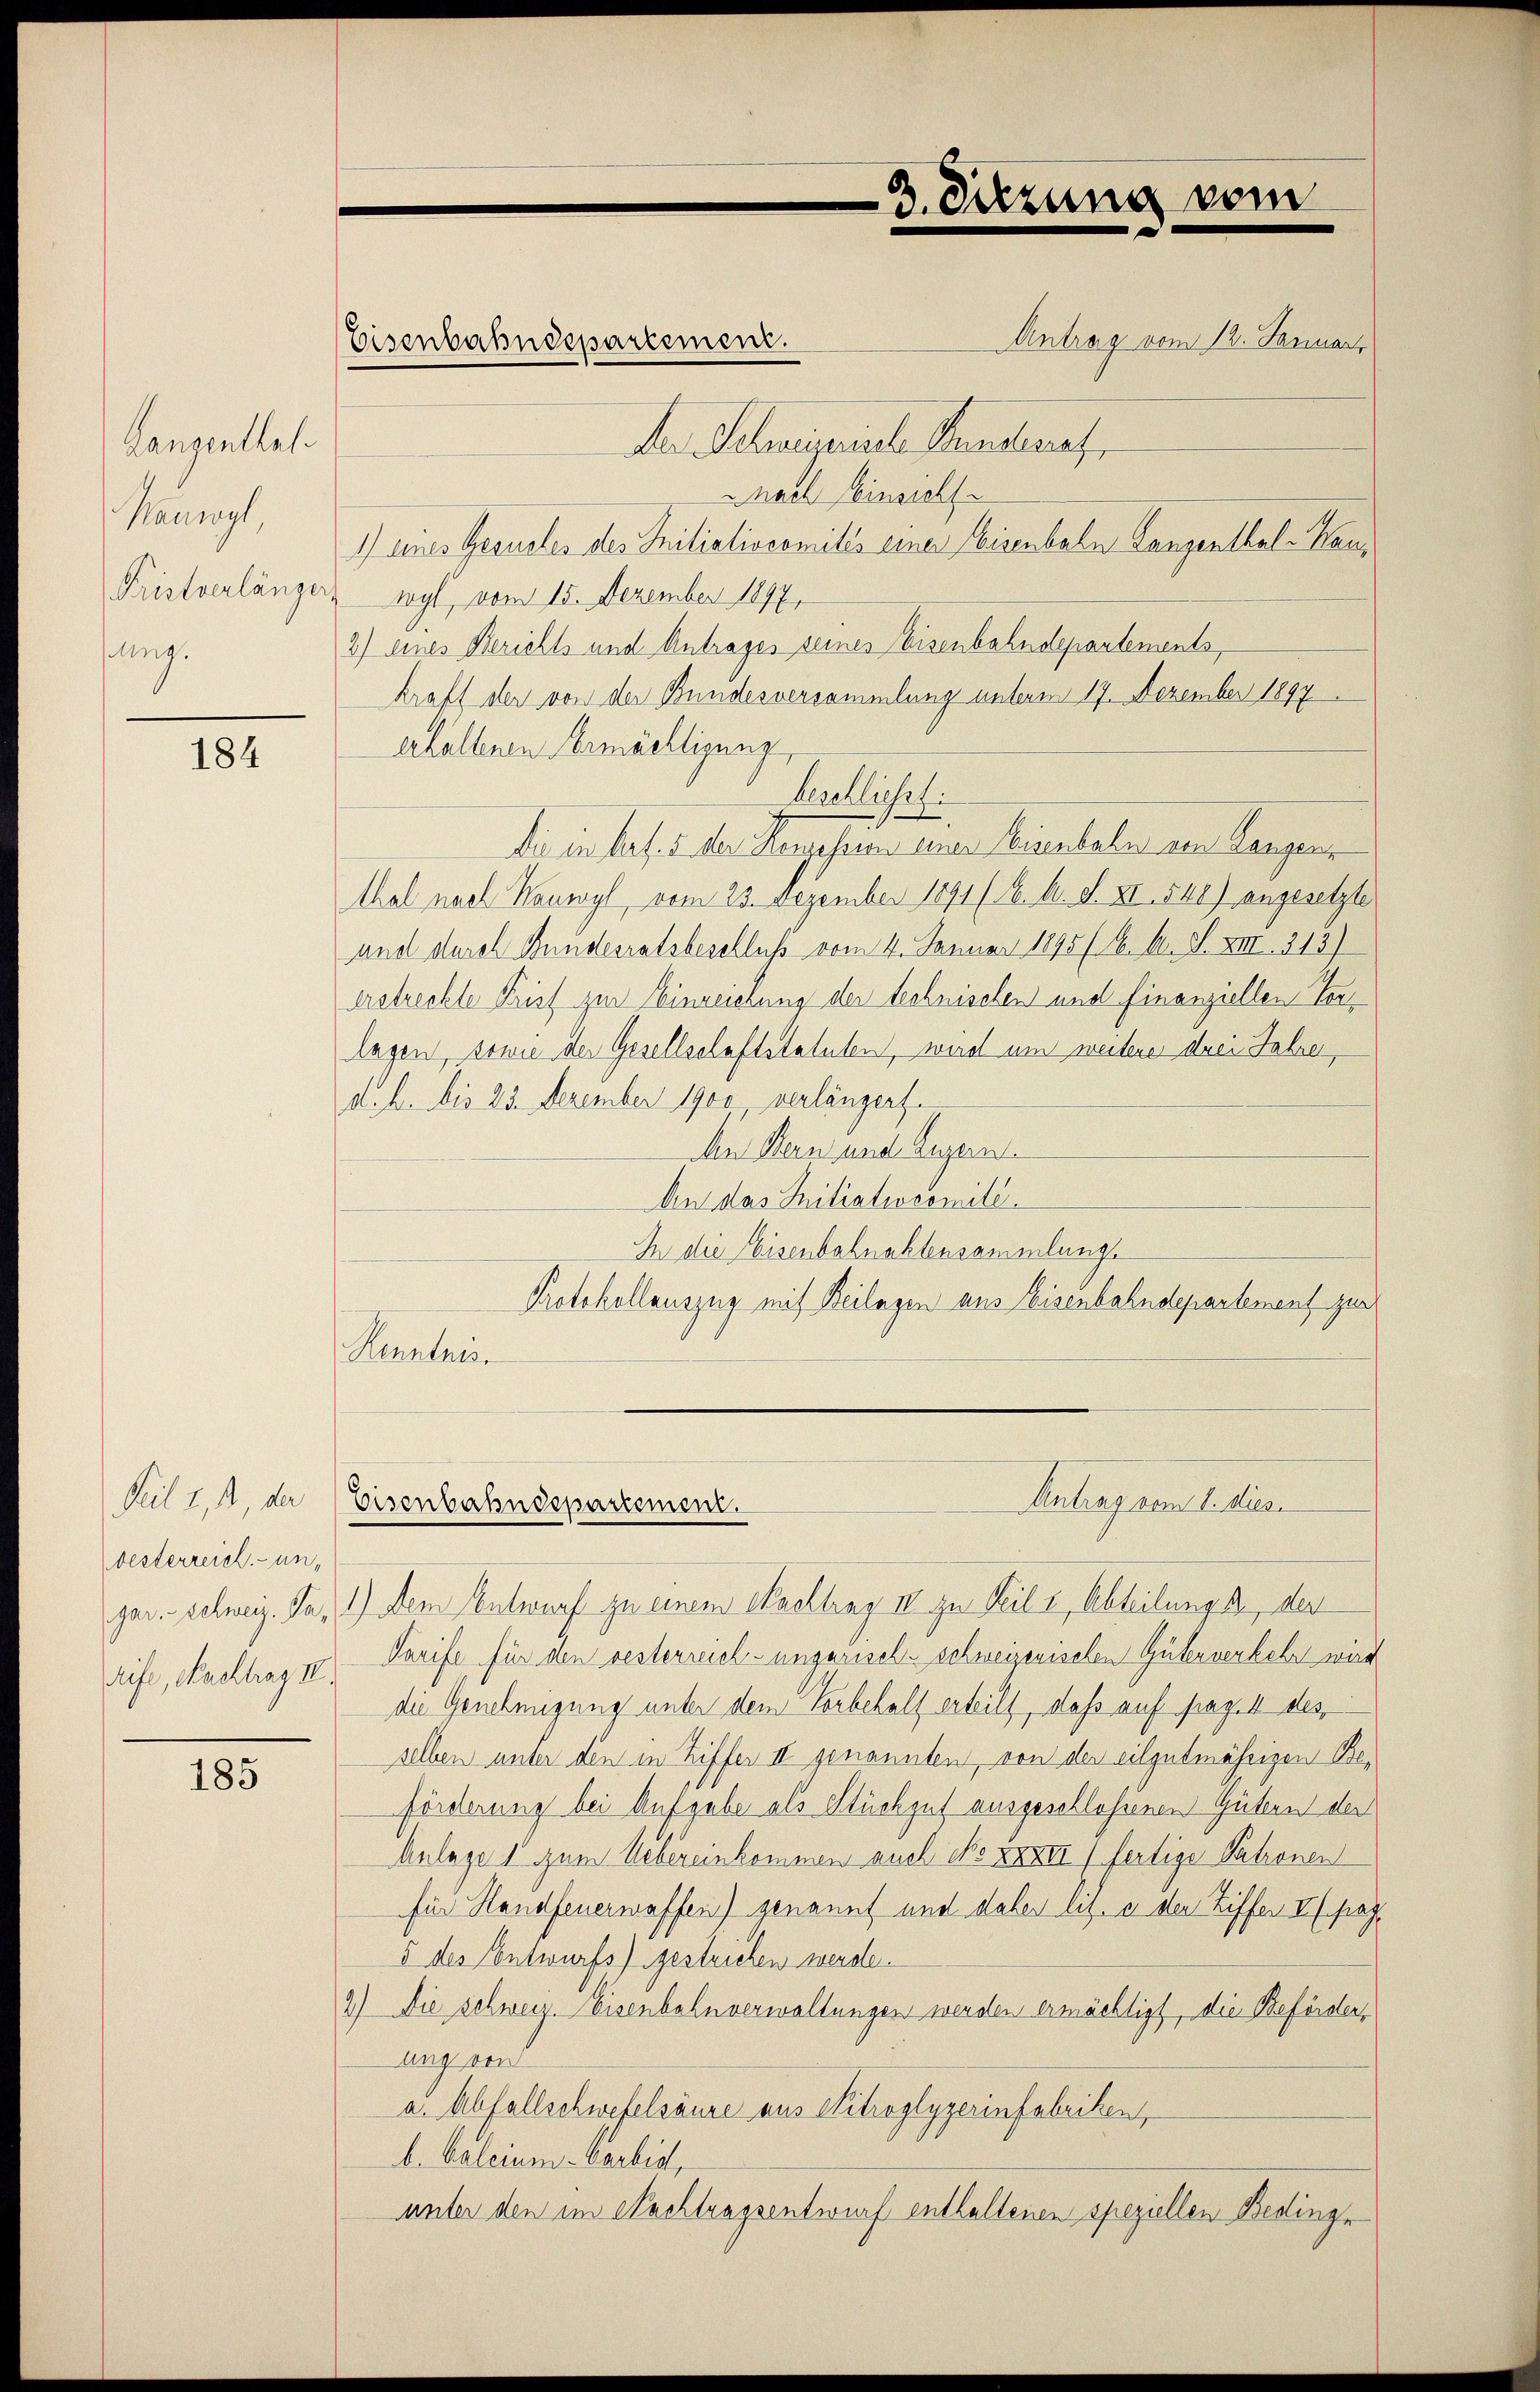
Lanzenthal
Maunzl,
ang.

184

Teil 1, 3, der
vesterreich unrife, Nachtrag II

185

Antrag vom 12. Januar
Der Schweizerische Kunstenref
nach Einsicht
1) eines Gerustes des Initiativsomités einer Eisenbahn Langenthal - Kan¬
Fristverlänger sogl, vom 15. Dezember 1897.
2) eines Berichts und Antrages seines Eisenbahndepartements,
kraft der von der Bundesversammlung unterm 17. Dezember 1897.
erhaltenen Vermächtigung
beschließt:
die in des an der Mengesehen einen Keineralen aus Mangens
thal nach Neuwyl, vom 23. Dezember 1891/6. A. S. XI. 540) angesetzte
und durch Bundesratsbeschluss vom 4. Januar 1895 (N. O. S. XIII. 213)
erstreckte Frist zur Einreichung der technischen und finanziellen Verlagen, sowie der Gesellschaftstatuten, wird um weiterer drei Jahren,
d. h. bis 23. Dezember 1900 verlängert.
Aen Bern und Luzern.
An das Initiativcomité.
In die Eisenbahnaktensammlung.
Protokollauszug mit Beilagen aus eisenbahndepartement zur
Kenntni

Eisenbahndepartement.

3. Sitzung vom

Antrag vom 1. dies
Eisenbahndepartement.

gar. Schweiz. Ja, 1.) Dem Entwurf zu einem Machtrag IV zu Teil i, Abteilung der
Tarife für den besterreich-ungarisch-schweizerischen Güterverkehr wird
die Genehmigung unter dem Vorbehalt erteilt, daß auf pag. 4 des
selben unter den in Ziffer II genannten, von der eilzutmährigen Beförderung bei Aufgabe als Stückzut ausgeschlossenen Gütern der
Anlage 1 zum Uebereinkommen auch No XXXII / fertige Patronen
für Handfenerwaffen) genannt und daher lit. a der Ziffer II pag.
5 des Entwurfs) gestrichen werde.
2) Die Schweiz. Eisenbahnverwaltungen werden ermächtigt, die Beförderung ein
a. Abfallschwefelsäure aus Nitroglyzerinfabriken,
b. Calcium - Carbig,
unter den im Nachtragsentwurf enthaltenen speziellen Bedinge